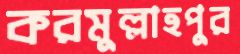
করমুল্লাহপুর